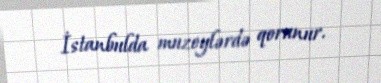
İstanbulda muzeylərdə qorunur.